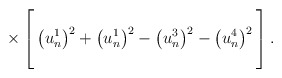
\begin{align*}\times\left[ \vbox to 24pt{} \left( u_n^1\right) ^2+\left(u_n^1\right) ^2-\left( u_n^3\right) ^2-\left( u_n^4\right) ^2\vbox to 24pt{} \right] .\end{align*}